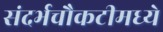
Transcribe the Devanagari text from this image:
संदर्भचौकटीमध्ये